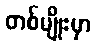
တစ်မျိုးမှာ